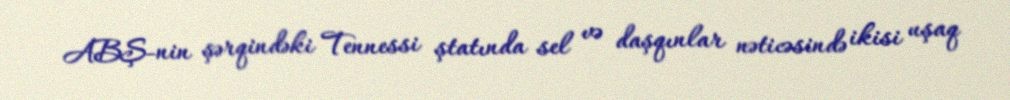
ABŞ-nin şərqindəki Tennessi ştatında sel və daşqınlar nəticəsində ikisi uşaq